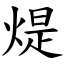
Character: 煶